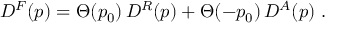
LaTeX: D ^ { F } ( p ) = \Theta ( p _ { 0 } ) \, D ^ { R } ( p ) + \Theta ( - p _ { 0 } ) \, D ^ { A } ( p ) \; .